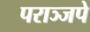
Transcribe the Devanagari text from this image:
पराञ्जपे